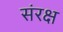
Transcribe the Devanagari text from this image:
संरक्ष